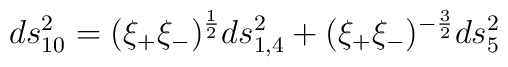
ds_{10}^2 = (\xi_+ \xi_-)^{1 \over 2} ds_{1,4}^2+(\xi_+ \xi_-)^{-{3 \over 2}}  ds_{5}^2